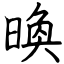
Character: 㬇